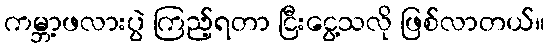
ကမ္ဘာ့ဖလားပွဲ ကြည့်ရတာ ငြီးငွေ့သလို ဖြစ်လာတယ်။